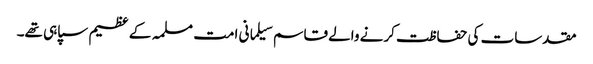
مقدسات کی حفاظت کرنے والے قاسم سیلمانی امت مسلمہ کے عظیم سپاہی تھے۔